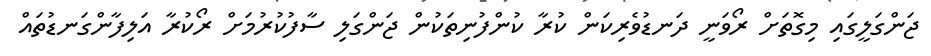
ޖަންގަލީގައި މިގޮތަށް ރޯވަނީ ދަނޑުވެރިކަން ކުރާ ކުންފުނިތަކުން ޖަންގަލި ސާފުކުރުމަށް ރޯކުރާ އަލިފާންގަނޑުތައް